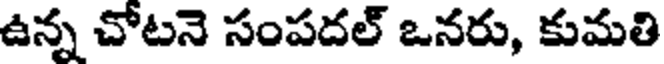
ఉన్న చోటనె సంపదల్ ఒనరు, కుమతి